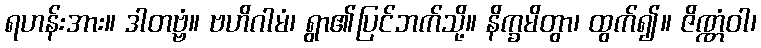
ရဟန်းအား။ ဒါတဗ္ဗံ။ ဗဟိဂါမံ၊ ရွာ၏ပြင်ဘက်သို့။ နိက္ခမိတွာ၊ ထွက်၍။ ဇိဏ္ဏံဝါ၊